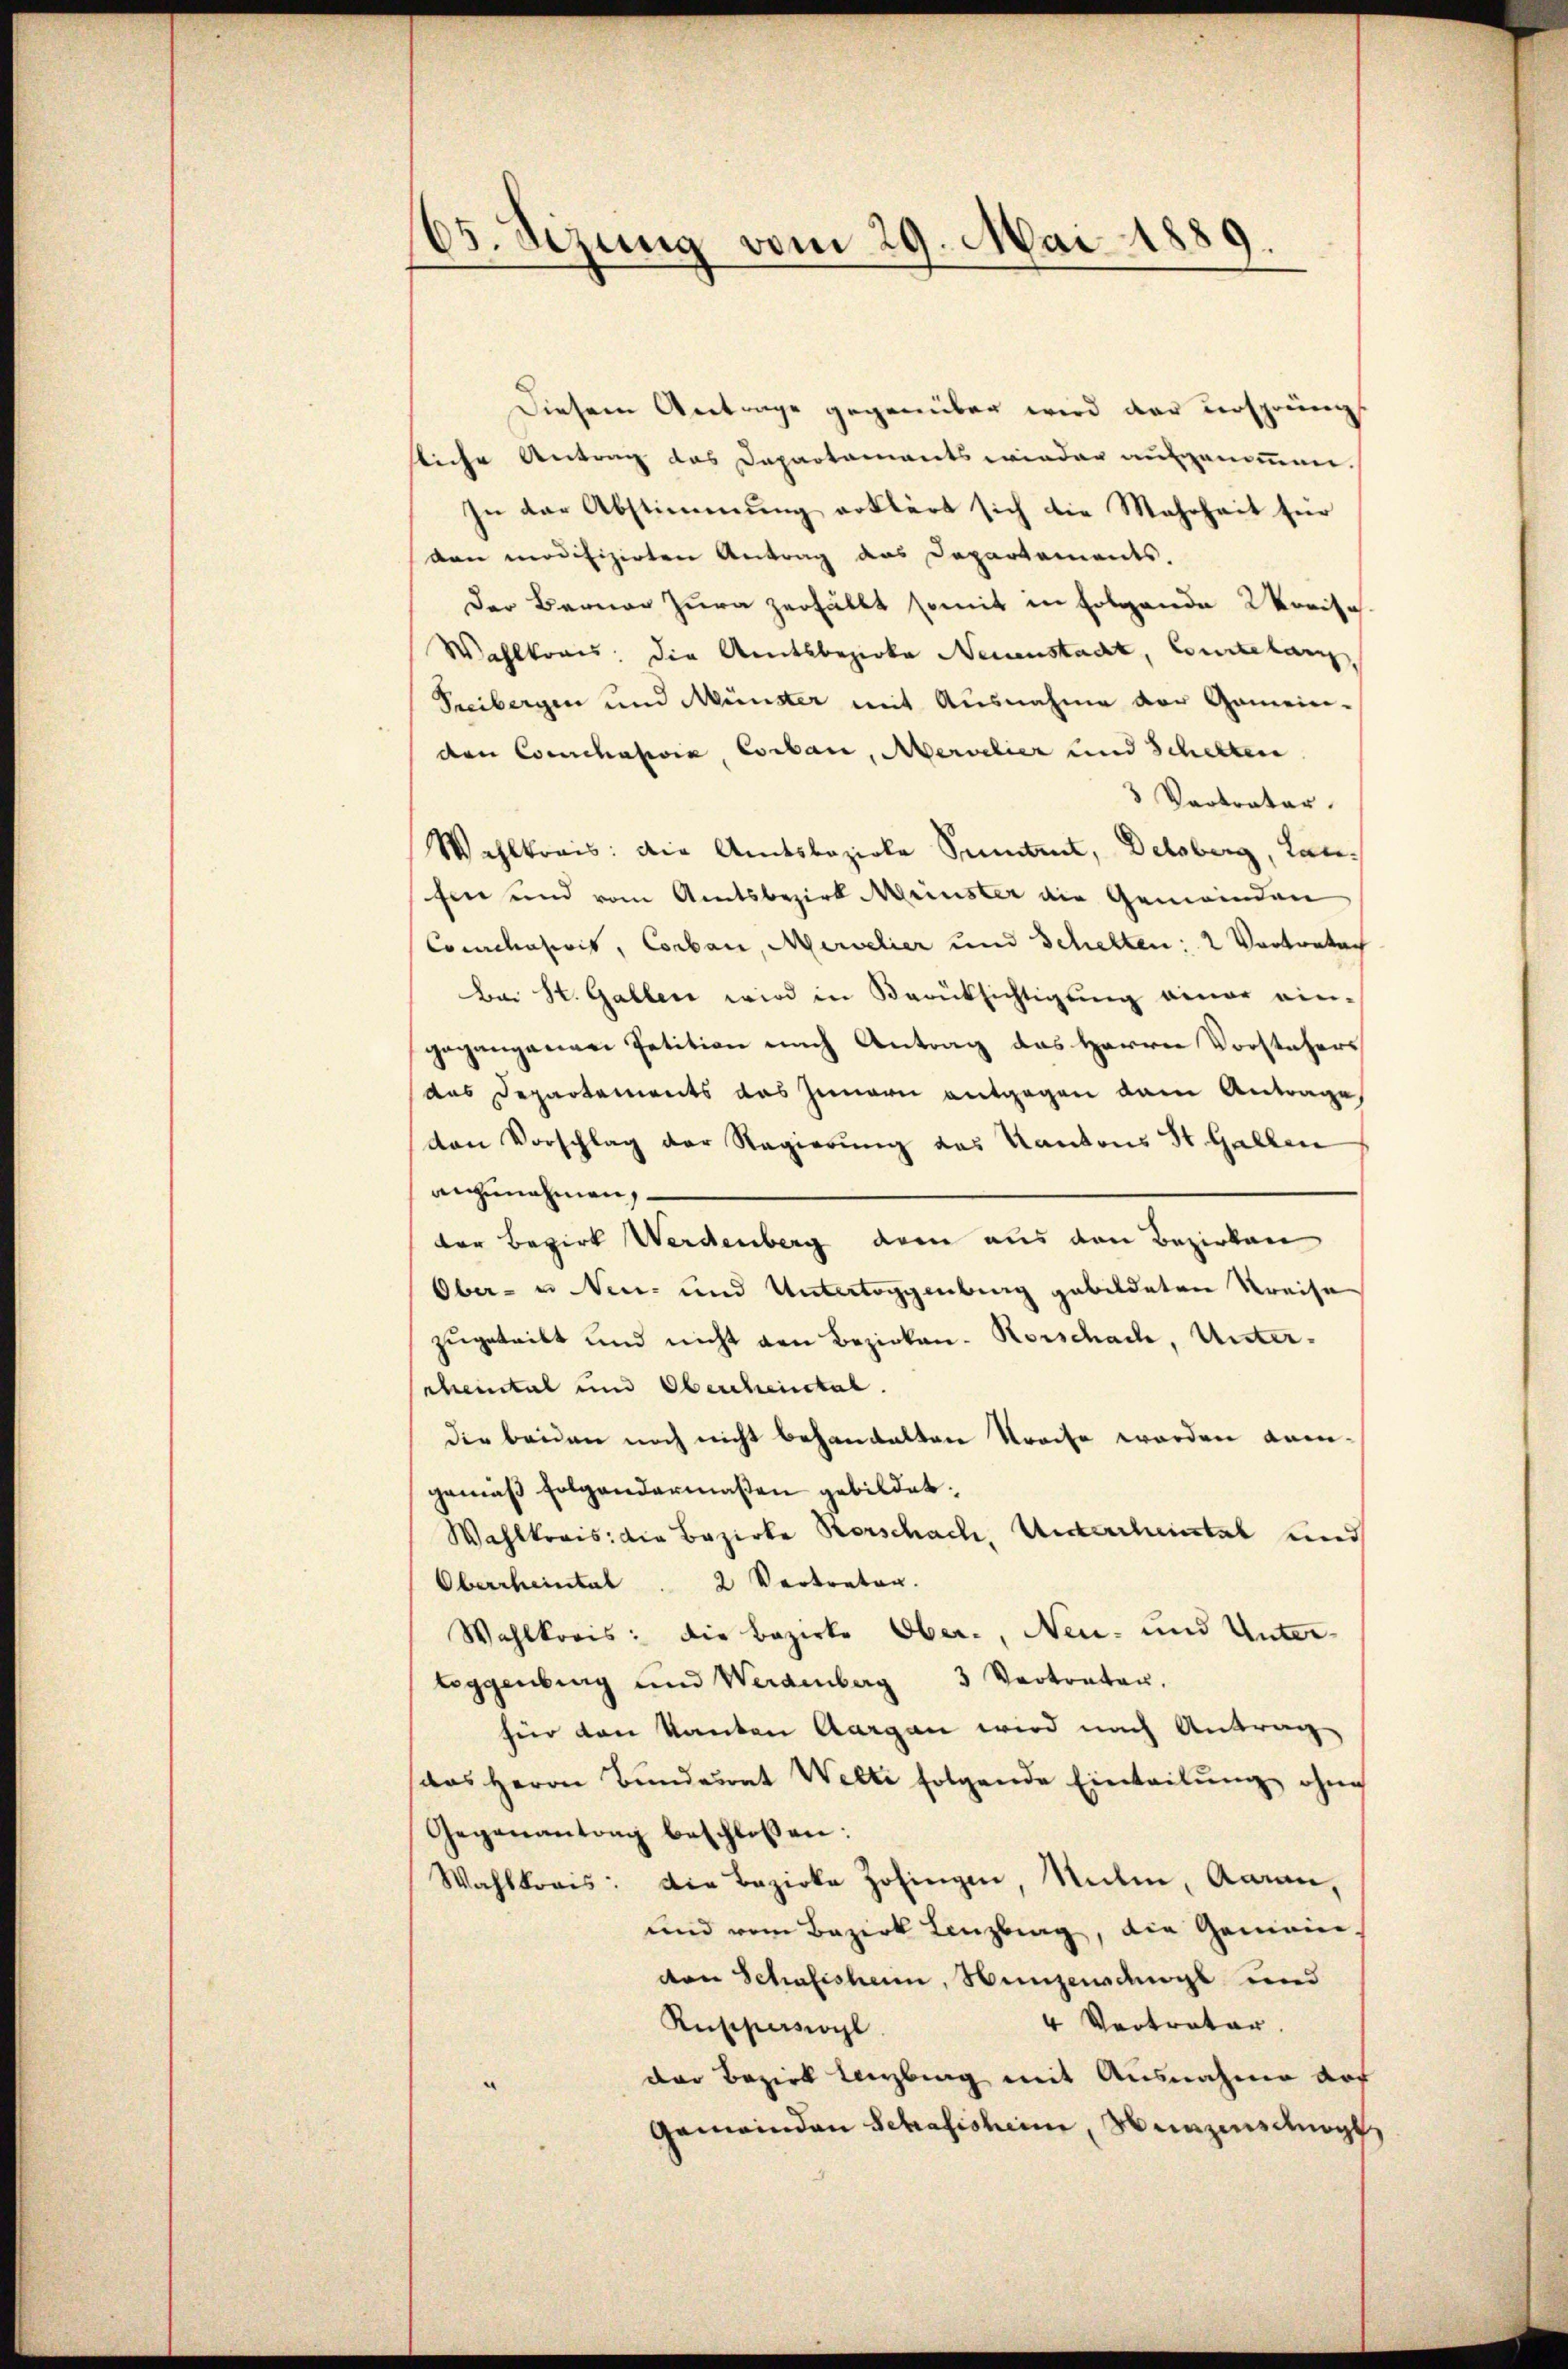
65. Seizung vom 29. Mai 1889.

Diesem Antrage gegenüber wird der ursprüng
lliche Antrag das Dapartaments wieder aufgenommen.
In der Abstimmung erklärt sich die Mehrheit für
den modifizirten Antrag des Departements.
Der Berner Jura zerfällt somit in Folgende Worisch
Wahlkreis: die Amtsbezirke Neuenstadt, Courtelang,
Freibergen und Münster mit Ausnahme vor Gemein-
den Conchalesia Corbau, Mervelier und Schelten
3 Vertrater
Wahlkreis: die Amtsbezirke Sentent, Delsberg, Lanfen und vom Amtsbezirk Meinster die Gemeinden
Conclusivis, Corbani, Mervelier und Schelten: 2 Vortretach
Bei St. Gallen wird in Berüksichtigung einer ein-
gegangenen Petition nach Antrag des Herrn Vorstehers
¬
das Departements das Innern entgegen dem Antrage,
von Vorschlag der Regierung das Kantons St. Gallen
anzunehmen,
der Bezirk Werdenberg der aus den Bezirken
Ober- u Neu- und Untertoggenburg gebildeten Kreise
zugeteilt und nicht von Bezirken- Korschach, Untercheintal und Obenheital.
die beiden noch nicht behandelten Streite werden anen-
gemäß folgendermaßen gebildet,
Wahlkreis: die Bezirke Rorschach, Untercheintal und
Oberrheintal. 2 Vertreten.
Wahlkreis: die Bezirke Ober-, Neu- und Unter-
toggenburg und Werdenberg 3 Vertraten.
hier von Kanton Aargau wird nach Antrag
das Herrn Bundesrat Welti folgende Einteilŭng ohne
Gegenantrag beschlossen:
Wahlkreis: Die Bezirke Zofingen, Meilen, Aaran,
und vom Bezirk Lenzburg, die Gemein-
den Schafisham, Hunzensdinge und
4 Vertrator
Rupperswyl
der Bezirk Lenzburg mit Ausnahme auf
Gemeinden Schafisheim, Munzinsung